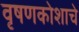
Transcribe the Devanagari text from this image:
वृषणकोशाचे